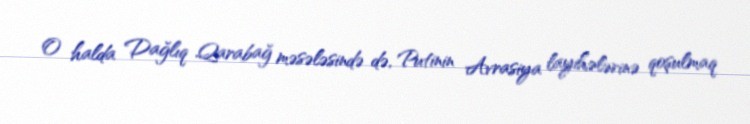
O halda Dağlıq Qarabağ məsələsində də, Putinin Avrasiya layihələrinə qoşulmaq